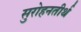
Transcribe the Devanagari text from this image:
सुरोहनतीर्थ